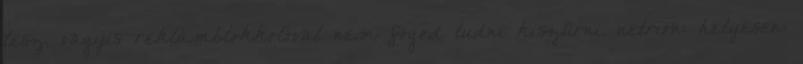
lesz, vagyis reklámblokkolóval nem fogod tudni kiszűrni. netrion: helyesen: